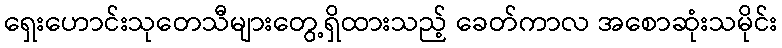
ရှေးဟောင်းသုတေသီများတွေ့ရှိထားသည့် ခေတ်ကာလ အစောဆုံးသမိုင်း